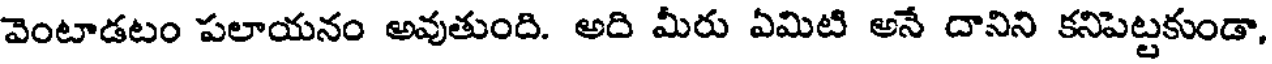
వెంటాడటం పలాయనం అవుతుంది. అది మీరు ఏమిటి అనే దానిని కనిపెట్టకుండా,